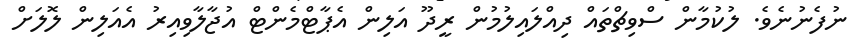
ނުފެނުނެވެ. ލުކުމާން ސްވިޗްތައް ދިއްލައިލުމުން ރީދޫ އަލިން އެޕާޓްމެންޓް އުޖާލާވިއިރު އެއަލިން ލޮލަށް